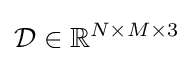
{\mathcal {D}}\in \mathbb {R} ^{N\times M\times 3}